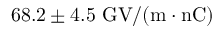
6 8 . 2 \pm 4 . 5 ~ \mathrm { G V / ( m \cdot n C ) }